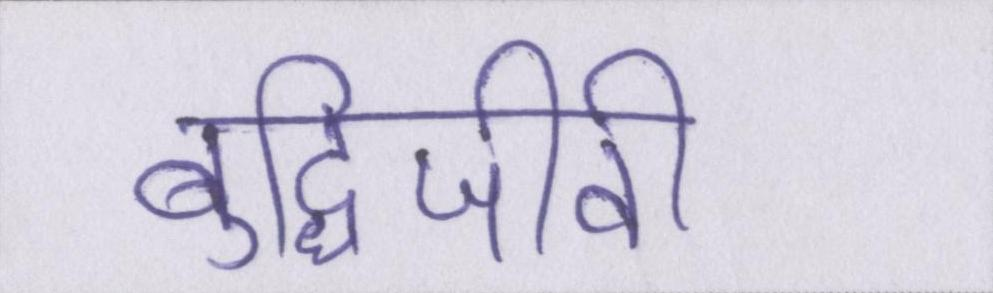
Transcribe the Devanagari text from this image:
बुद्धिजीवी